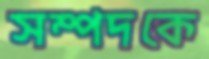
সম্পদকে